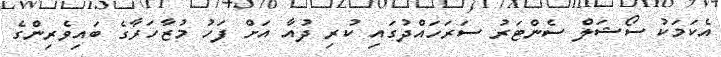
އެކަމަކު ސޯޝަލް ސެންޓަރު ސަރަހައްދުގައި ކުރި ދުއާ އަށް ފަހު މުޒާހަރާގެ ބައިވެރިންގެ